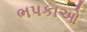
ભપકાઓ